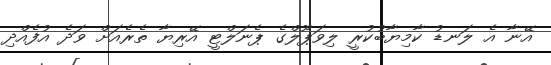
އޭނާ އެ ލަނޑު ކާމިޔާބުކުރީ ލިވަޕޫލްގެ ޕެނަލްޓީ އޭރިޔާ ތެރެއަށް ވަދެ އުފެއްދި